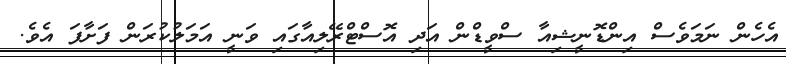
އެހެން ނަމަވެސް އިންޑޮނީޝިއާ ސްވީޑްން އަދި އޮސްޓްރޭލިއާގައި ވަނީ އަމަލުކުރަން ފަށާފަ އެވެ.